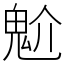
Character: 魀